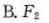
B.F_{2}